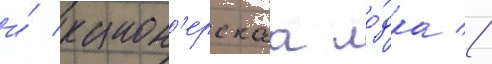
и́ канон'ерскаа ло́дка //